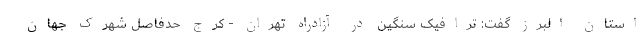
استان البرز گفت: ترافیک سنگین در آزادراه تهران - کرج حدفاصل شهرک جهان